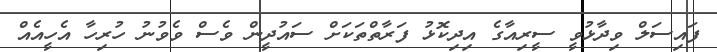
ފައިސަލް ވިދާޅުވީ ސީރިއާގެ އިދިކޮޅު ފަރާތްތަކަށް ސައުދީން ވެސް ވެވުނު ހުރިހާ އެހީއެއް